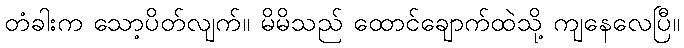
တံခါးက သော့ပိတ်လျက်။ မိမိသည် ထောင်ချောက်ထဲသို့ ကျနေလေပြီ။